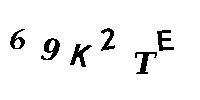
69K2TE